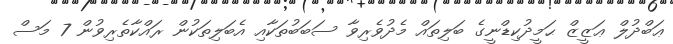
ޢަބްދުލް ޢަޒީޒް ޙަމީދުކިޑްނީގެ ބަލިތައް މެދުވެރިވާ ސަބަބުތަކާއި އެބަލިތަކުން ރައްކާތެރިވުން 7 މަސް